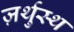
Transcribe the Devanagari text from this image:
ज़र्थुस्थ